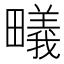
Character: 𭻳